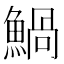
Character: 𩹢